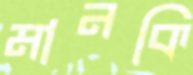
মানকি